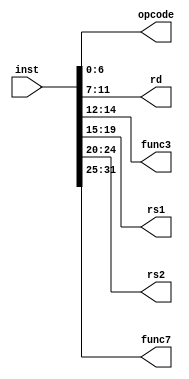
module instdec (
    input  [31:0] inst,
    output reg [6:0] opcode,
    output reg [4:0] rd,
    output reg [2:0] func3,
    output reg [4:0] rs1,
    output reg [4:0] rs2,
    output reg [6:0] func7
);

    // Asignacin de las salidas segn los bits especficos del input
    always @(*) begin
        opcode = inst[6:0];
        rd = inst[11:7];
        func3 = inst[14:12];
        rs1 = inst[19:15];
        rs2 = inst[24:20];
        func7 = inst[31:25];
    end

endmodule